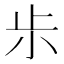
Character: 𰍪